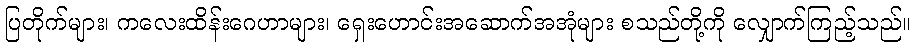
ပြတိုက်များ၊ ကလေးထိန်းဂေဟာများ၊ ရှေးဟောင်းအဆောက်အအုံများ စသည်တို့ကို လျှောက်ကြည့်သည်။